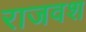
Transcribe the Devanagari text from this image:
राजवश